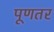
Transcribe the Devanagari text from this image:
पूणतर